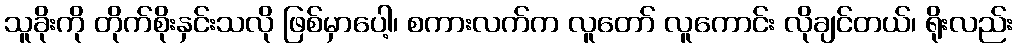
သူခိုးကို တိုက်စိုးနှင်းသလို ဖြစ်မှာပေါ့၊ စကားလက်က လူတော် လူကောင်း လိုချင်တယ်၊ ရိုးလည်း